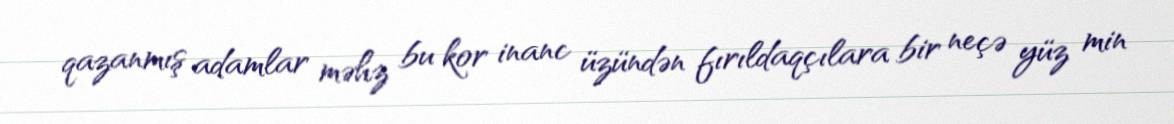
qazanmış adamlar məhz bu kor inanc üzündən fırıldaqçılara bir neçə yüz min